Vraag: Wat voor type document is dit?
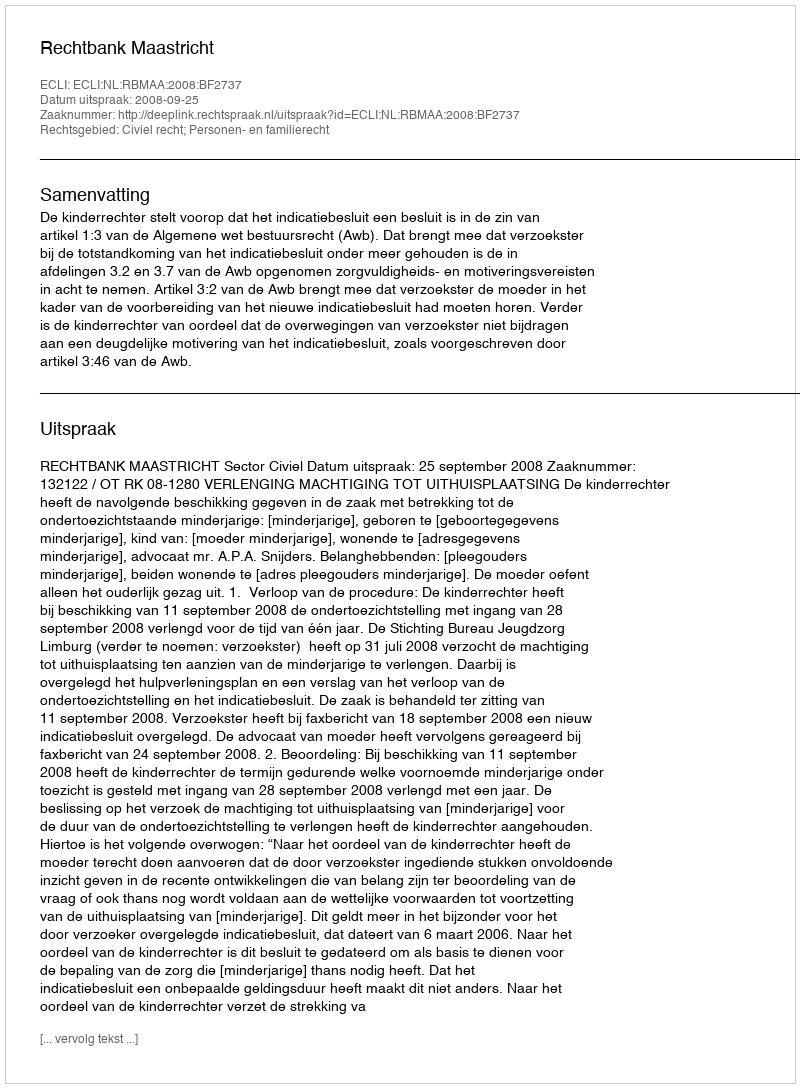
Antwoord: Uitspraak